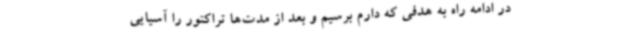
در ادامه راه به هدفی که دارم برسیم و بعد از مدت‌ها تراکتور را آسیایی